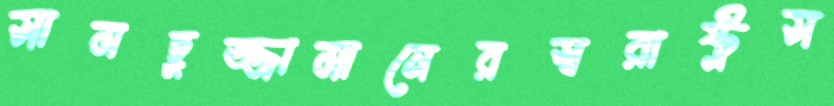
সামছুজ্জামানেরস্বরাষ্ট্রস